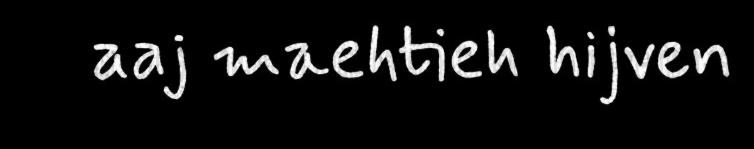
aaj maehtieh hijven